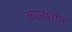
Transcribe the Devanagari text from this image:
कलशांत